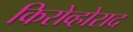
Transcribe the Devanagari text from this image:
किरोव्होराद